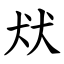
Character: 㹜